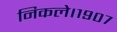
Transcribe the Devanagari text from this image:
निकले।१९०७